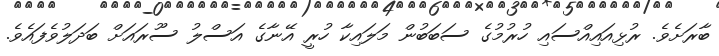
ބާރަށެވެ. ރުޅިއައިއްސައި ހުރުމުގެ ސަބަބުން މަލައިކާ ހުރީ އޭނާގެ އަސްލު ސޫރައަށް ބަދަލުވެފައެވެ.